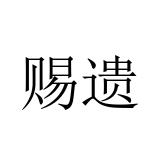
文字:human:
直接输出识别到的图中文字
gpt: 赐遗